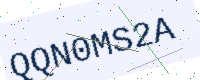
Text: QQN0MS2A